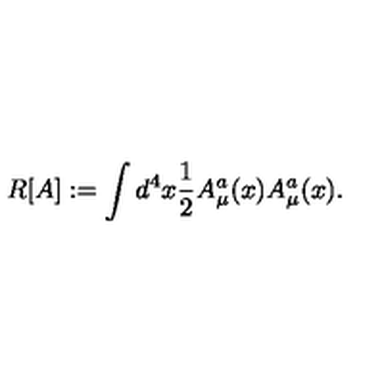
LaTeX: R [ A ] : = \int d ^ { 4 } x { \frac { 1 } { 2 } } A _ { \mu } ^ { a } ( x ) A _ { \mu } ^ { a } ( x ) .